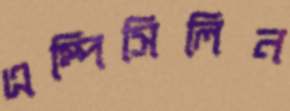
এম্পিসিলিন